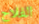
الفلاح